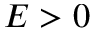
E > 0